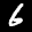
Label: 6